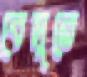
বেসুরে